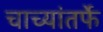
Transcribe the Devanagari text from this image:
चाच्यांतर्फे